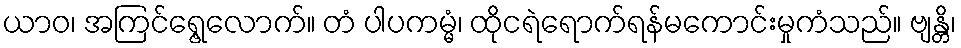
ယာဝ၊ အကြင်ရွေ့လောက်။ တံ ပါပကမ္မံ၊ ထိုငရဲရောက်ရန်မကောင်းမှုကံသည်။ ဗျန္တိ၊